Indian journal of veterinary science and animal husbandry - Volume 2,
Year: 1932
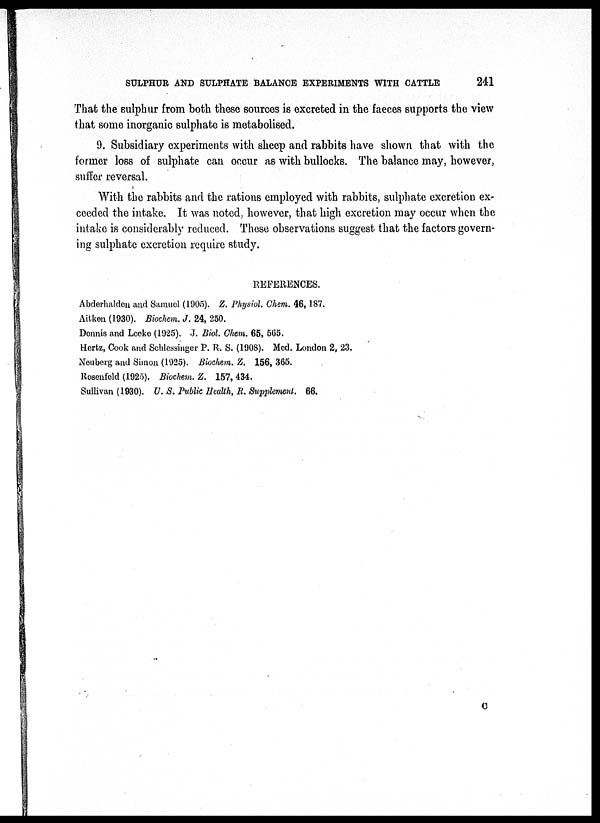
SULPHUR AND SULPHATE BALANCE EXPERIMENTS WITH CATTLE
241
That the sulphur from both these sources is excreted in the faeces supports the view
that some inorganic sulphate is metabolised.
9. Subsidiary experiments with sheep and rabbits have shown that with the
former loss of sulphate can occur as with bullocks. The balance may, however,
suffer reversal.
With the rabbits and the rations employed with rabbits, sulphate excretion ex-
ceeded the intake. It was noted, however, that high excretion may occur when the
intake is considerably reduced. These observations suggest that the factors govern-
ing sulphate excretion require study.
REFERENCES.
Abderhalden and Samuel (1905). Z. Physiol. Chem. 46, 187.
Aitken (1930). Biochem. J. 24, 250.
Dennis and Leeke (1925). J. Biol. Chem. 65, 565.
Hertz, Cook and Schlessinger P. R. S. (1908). Med. London 2, 23.
Neuberg and Simon (1925). Biochem. Z. 156, 365.
Rosenfeld (1925). Biochem. Z. 157, 434.
Sullivan (1930). U. S. Public Health, R. Supplement. 66.
C